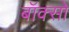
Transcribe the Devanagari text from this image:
बॉक्सो